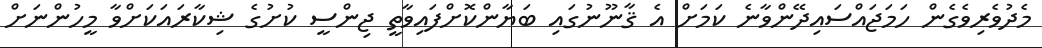
މެދުވެރިވެގެން ހަމަޖައްސައިދޭންވާނެ ކަމަށް އެ ޤާނޫނުގައި ބަޔާންކޮށްފައިވާތީ ޖިންސީ ކުށުގެ ޝިކާރައަކަށްވާ މީހުންނަށް